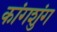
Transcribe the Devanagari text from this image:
कांगशुंग